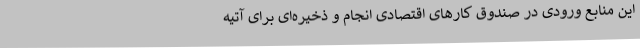
این منابع ورودی در صندوق کارهای اقتصادی انجام و ذخیره‌ای برای آتیه